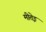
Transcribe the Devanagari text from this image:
मीतेइ